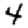
Digit: 4